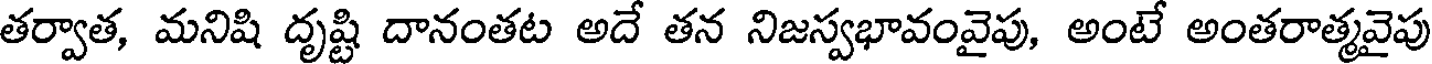
తర్వాత, మనిషి దృష్టి దానంతట అదే తన నిజస్వభావంవైపు, అంటే అంతరాత్మవైపు